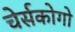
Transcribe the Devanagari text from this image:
चेर्सकोगो